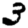
Digit: 3